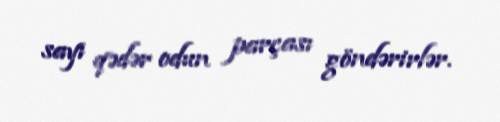
sayı qədər odun parçası göndərirlər.